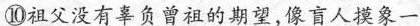
③祖父没有辜负曾祖的期望，像盲人摸象一